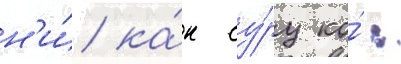
н'и́ ка́н су́ру ко́: